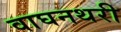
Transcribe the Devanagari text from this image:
वाघनथरी